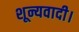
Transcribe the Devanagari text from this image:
शून्यवादी।